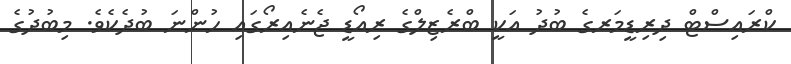
ކްރައިސްޓް ދިރިޑީމަރގެ ބުދު އަކީ ބްރެޒިލްގެ ރިއޯޑީ ޖެނެއިރޯގައި ހުންނަ ބުދެކެވެ. މިބުދުގެ